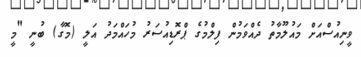
ވީނިއުސްއަށް މައުލޫމާތު ދެއްވަމުން ފިލްމުގެ ޕްރޮޑިއުސަރު މުހައްމަދު އަލީ (މޮގާ) ބުނީ "މީ